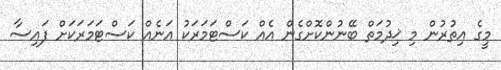
މީގެ އިތުރުން މި ޚިދުމަތް ބޭނުންކޮށްގެން އެއް ކަސްޓަމަރަކު އަނެއް ކަސްޓަމަރަކަށް ފައިސާ